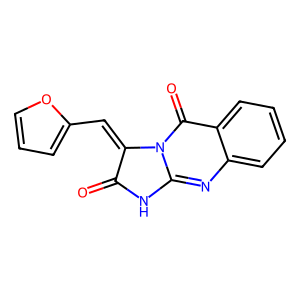
SMILES: O=c1[nH]c2nc3ccccc3c(=O)n2c1=Cc1ccco1
Inhibits HIV replication: No